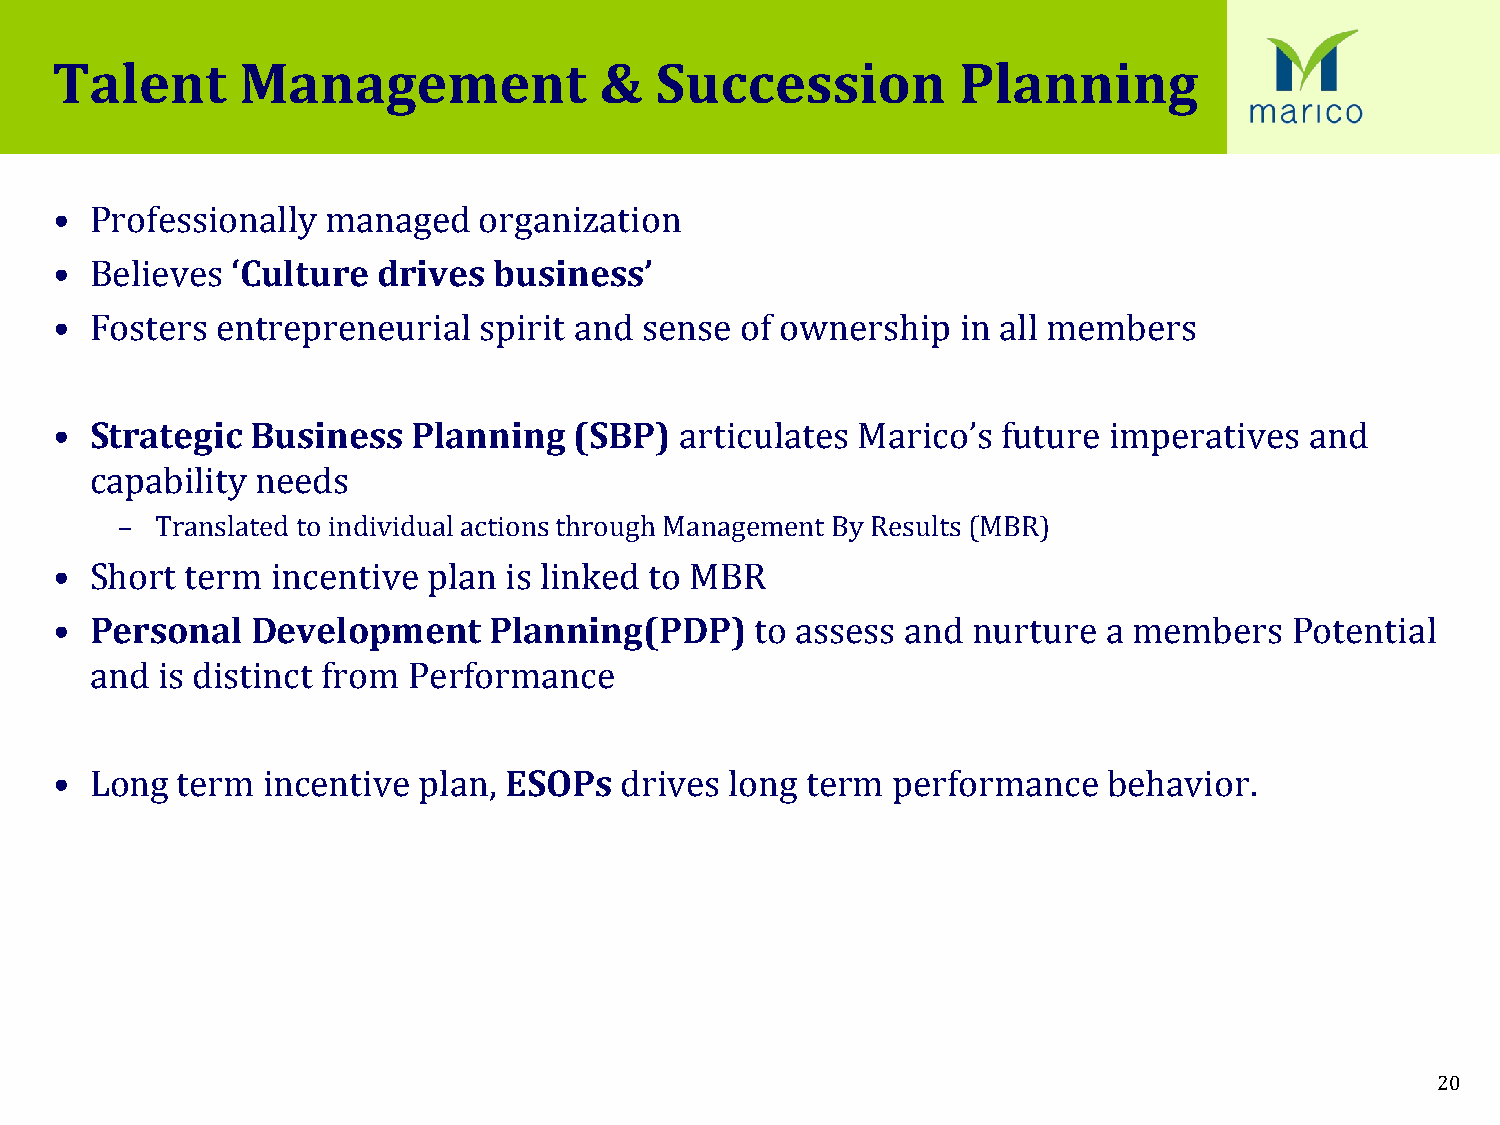
Talent       Management              &  Succession          Planning
 •  Professionally  managed   organization
 •  Believes ‘Culture  drives  business’
 •  Fosters entrepreneurial   spirit and sense of ownership   in all members
 •  Strategic  Business  Planning   (SBP)  articulates Marico’s future imperatives   and
 capability needs
 – Translated to individual actions through Management By Results (MBR)
 •  Short term  incentive plan is linked to MBR
 •  Personal   Development    Planning(PDP)     to assess and nurture  a members    Potential
 and is distinct from Performance
 •  Long  term incentive  plan, ESOPs  drives long term  performance   behavior.
 20